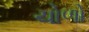
ચોળો